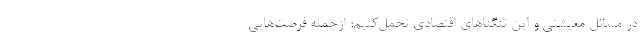
در مسائل معیشتی و این تنگناهای اقتصادی تحمل‌کنیم؛ ازجمله فرصت‌هایی